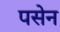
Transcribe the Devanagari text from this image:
पसेन